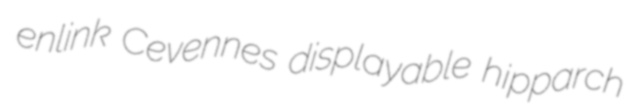
enlink Cevennes displayable hipparch